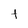
Character: t